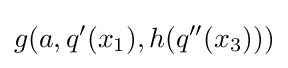
g(a,q'(x_{1}),h(q''(x_{3})))